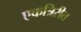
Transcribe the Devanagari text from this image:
एकत्रिरीत